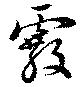
霰